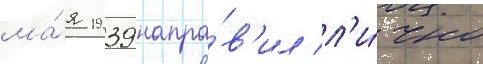
ма́я 1939 напра́в'ил л'и́чно